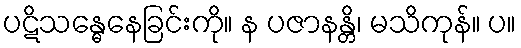
ပဋိသန္ဓေနေခြင်းကို။ န ပဇာနန္တိ၊ မသိကုန်။ ပ။